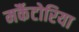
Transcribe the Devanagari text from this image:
मर्कैटोरिया